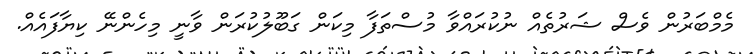
މެމްބަރުން ވެސް ޝަރުތެއް ނުކުރައްވާ މުސްތަފާ މިކަން ގަބޫލުކުރަން ވާނީ މިހެންނޭ ކިޔާފައެއް.